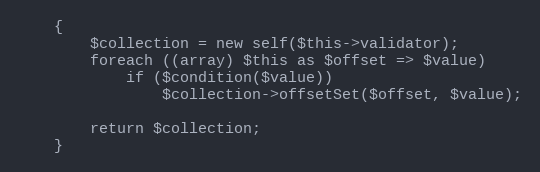
Language: PHP
	{
		$collection = new self($this->validator);
		foreach ((array) $this as $offset => $value)
			if ($condition($value))
				$collection->offsetSet($offset, $value);

		return $collection;
	}